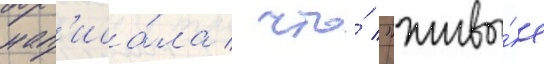
нап'иса́ла / что́ "живы́е